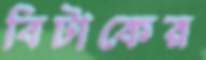
বিটাকের